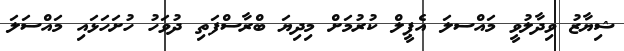
ޝިޔާޒު ވިދާލުވީ މައްސލަ އެޕީލް ކުރުމަށް މިދިޔަ ބްރާސްފަތި ދުވަހު ހުށަހަޅައި މައްސަލަ